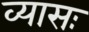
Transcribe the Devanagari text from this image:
व्यासः